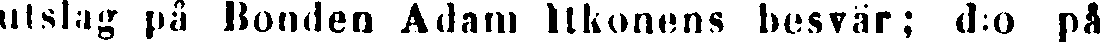
utslag på Bonden Adam Itkonens besvär; d:o på